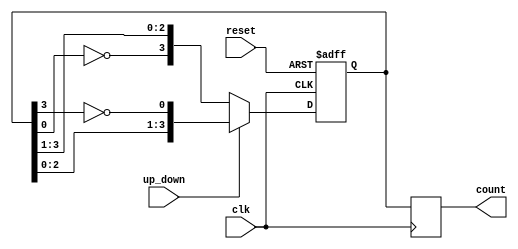
module Bidirectional_Johnson_Counter (
    input wire clk,              // Clock signal
    input wire reset,            // Reset signal
    input wire up_down,          // Control signal: 1 for up, 0 for down
    output reg [n-1:0] count     // Output counter value
);

parameter n = 4;                // Number of flip-flops (change as needed)
reg [n-1:0] state;             // Internal state of the counter

always @(posedge clk or posedge reset) begin
    if (reset) begin
        // Reset the counter to 0
        state <= 0;
    end else begin
        if (up_down) begin
            // Counting up (right shift)
            state <= {state[n-2:0], ~state[n-1]};
        end else begin
            // Counting down (left shift)
            state <= {~state[0], state[n-1:1]};
        end
    end
end

// Assign the internal state to the output count
always @(posedge clk) begin
    count <= state;
end

endmodule